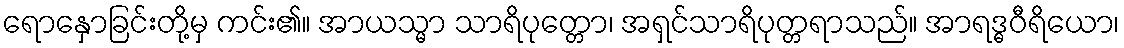
ရောနှောခြင်းတို့မှ ကင်း၏။ အာယသ္မာ သာရိပုတ္တော၊ အရှင်သာရိပုတ္တရာသည်။ အာရဒ္ဓဝီရိယော၊